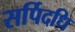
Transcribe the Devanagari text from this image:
सर्पिदधि